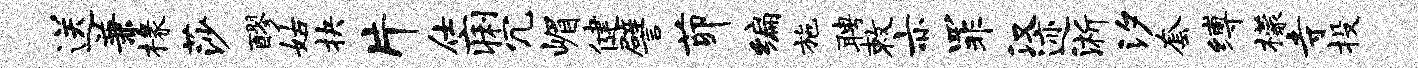
送兼椽莎醪姑抉片仕痢冗嵋健譬茆编施聘敕亦罪汉迹淅汐套缚檬寺投